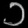
Digit: ၁